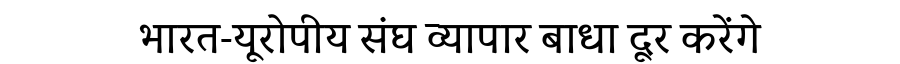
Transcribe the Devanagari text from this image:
भारत-यूरोपीय संघ व्यापार बाधा दूर करेंगे